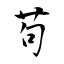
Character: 茍